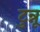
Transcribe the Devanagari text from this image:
टुन्नू